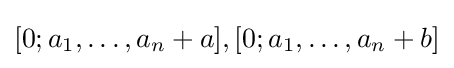
[0;a_{1},\dots ,a_{n}+a],[0;a_{1},\dots ,a_{n}+b]